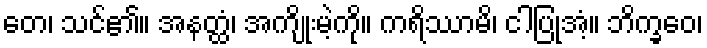
တေ၊ သင်၏။ အနတ္ထံ၊ အကျိုးမဲ့ကို။ ကရိဿာမိ၊ ငါပြုအံ့။ ဘိက္ခဝေ၊